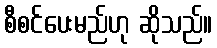
စီစင်ပေးမည်ဟု ဆိုသည်။